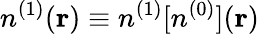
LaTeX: n^{(1)}({\mathbf r})\equiv n^{(1)}[n^{(0)}]({\mathbf r})